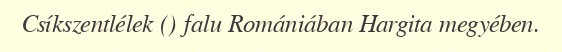
Csíkszentlélek () falu Romániában Hargita megyében.